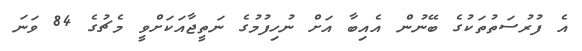
އެ ފުރުސަތުތަކުގެ ބޭނުން އެއިބާ އަށް ނުހިފުމުގެ ނަތީޖާއަކަށްވީ މެޗުގެ 84 ވަނަ